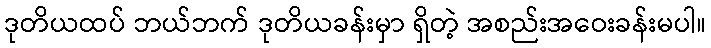
ဒုတိယထပ် ဘယ်ဘက် ဒုတိယခန်းမှာ ရှိတဲ့ အစည်းအဝေးခန်းမပါ။